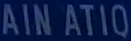
AINATIQ